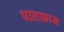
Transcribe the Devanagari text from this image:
पालाब्रास